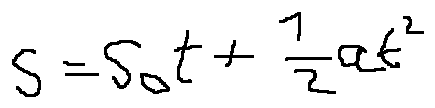
s = s _ { 0 } t + \frac { 1 } { 2 } a t ^ { 2 }